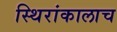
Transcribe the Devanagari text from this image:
स्थिरांकालाच